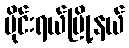
မိုင်းရယ်မြို့နယ်